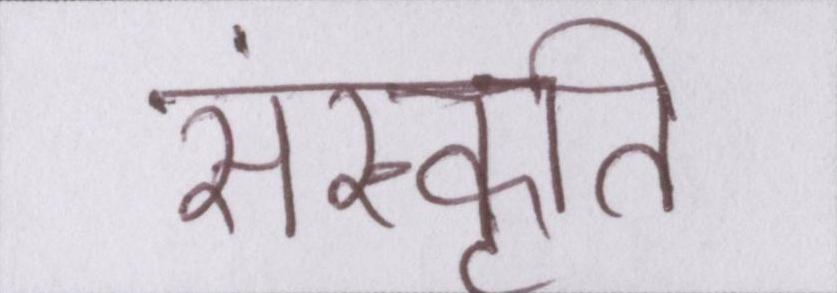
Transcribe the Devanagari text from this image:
संस्कॄति